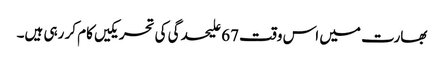
بھارت میں اس وقت 67 علیحدگی کی تحریکیں کام کر رہی ہیں۔